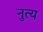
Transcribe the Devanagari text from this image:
नुत्य